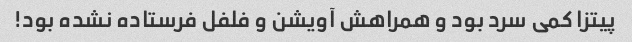
پیتزا کمی سرد بود و همراهش آویشن و فلفل فرستاده نشده بود!